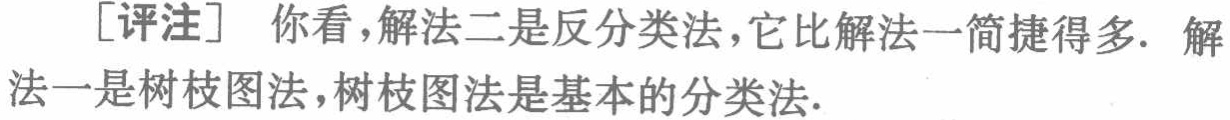
[评注] 你看，解法二是反分类法，它比解法一简捷得多. 解法一是树枝图法，树枝图法是基本的分类法.